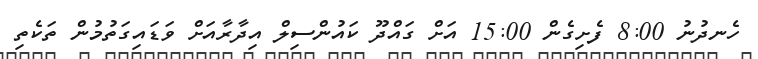
ހެނދުނު 8:00 ފެށިގެން 15:00 އަށް ގައްދޫ ކައުންސިލް އިދާރާއަށް ވަޑައިގަތުމުން ތަކެތި